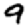
Digit: 9